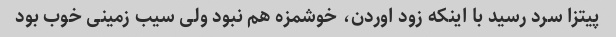
پیتزا سرد رسید با اینکه زود اوردن، خوشمزه هم نبود ولی سیب زمینی خوب بود